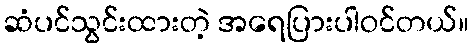
ဆံပင်သွင်းထားတဲ့ အရေပြားပါဝင်တယ်။